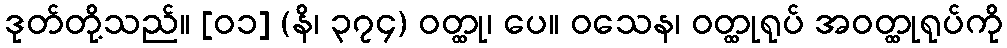
ဒုတ်တို့သည်။ [၀၁] (နိ၊ ၃၇၄) ဝတ္ထု၊ ပေ။ ဝသေန၊ ဝတ္ထုရုပ် အဝတ္ထုရုပ်ကို